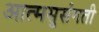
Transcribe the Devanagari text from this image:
आत्मसुसंगती